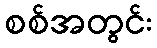
စစ်အတွင်း